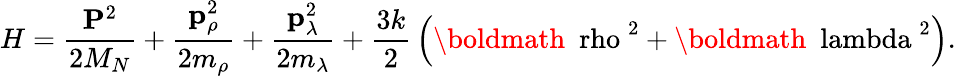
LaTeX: H={\frac{{\mathbf P}^{2}}{2M_{N}}}+{\frac{{\mathbf p}_{\rho}^{2}}{2m_{\rho}}}+{\frac{{\mathbf p}_{\lambda}^{2}}{2m_{\lambda}}}+{\frac{3k}{2}}\left({\mathrm{\boldmath~\ rho~}}^{2}+{\mathrm{\boldmath~\ lambda~}}^{2}\right).